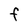
Character: F